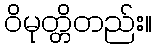
ဝိမုတ္တိတည်း။